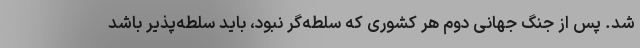
شد. پس از جنگ جهانی دوم هر کشوری که سلطه‌گر نبود، باید سلطه‌پذیر باشد